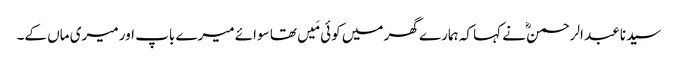
سیدنا عبد الرحمنؓ نے کہا کہ ہمارے گھر میں کوئی مَیں تھا سوائے میرے باپ اور میری ماں کے۔